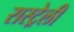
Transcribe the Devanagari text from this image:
रास्ट्रेली